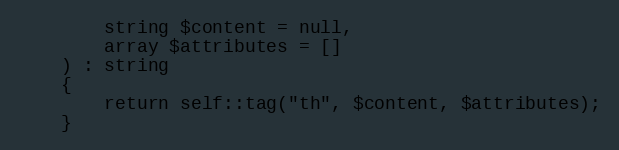
Language: PHP
        string $content = null,
        array $attributes = []
    ) : string
    {
        return self::tag("th", $content, $attributes);
    }